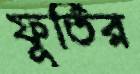
ফূর্তির